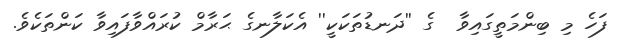
ފަހެ މި ބިންމަތީގައިވާ  ގެ ''ދަނޑުތަކަކީ'' އެކަލާނގެ ޙަރާމް ކުރައްވާފައިވާ ކަންތަކެވެ.